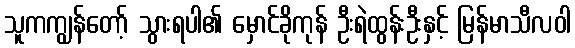
သူကကျွန်တော့် သွားရပါ၏ မှောင်ခိုကုန် ဦးရဲထွန်းဦးနှင့် မြန်မာသီလဝါ